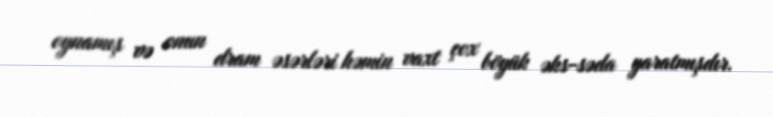
oynamış və onun dram əsərləri həmin vaxt çox böyük əks-səda yaratmışdır.